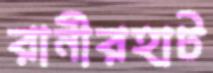
রানীরহাট